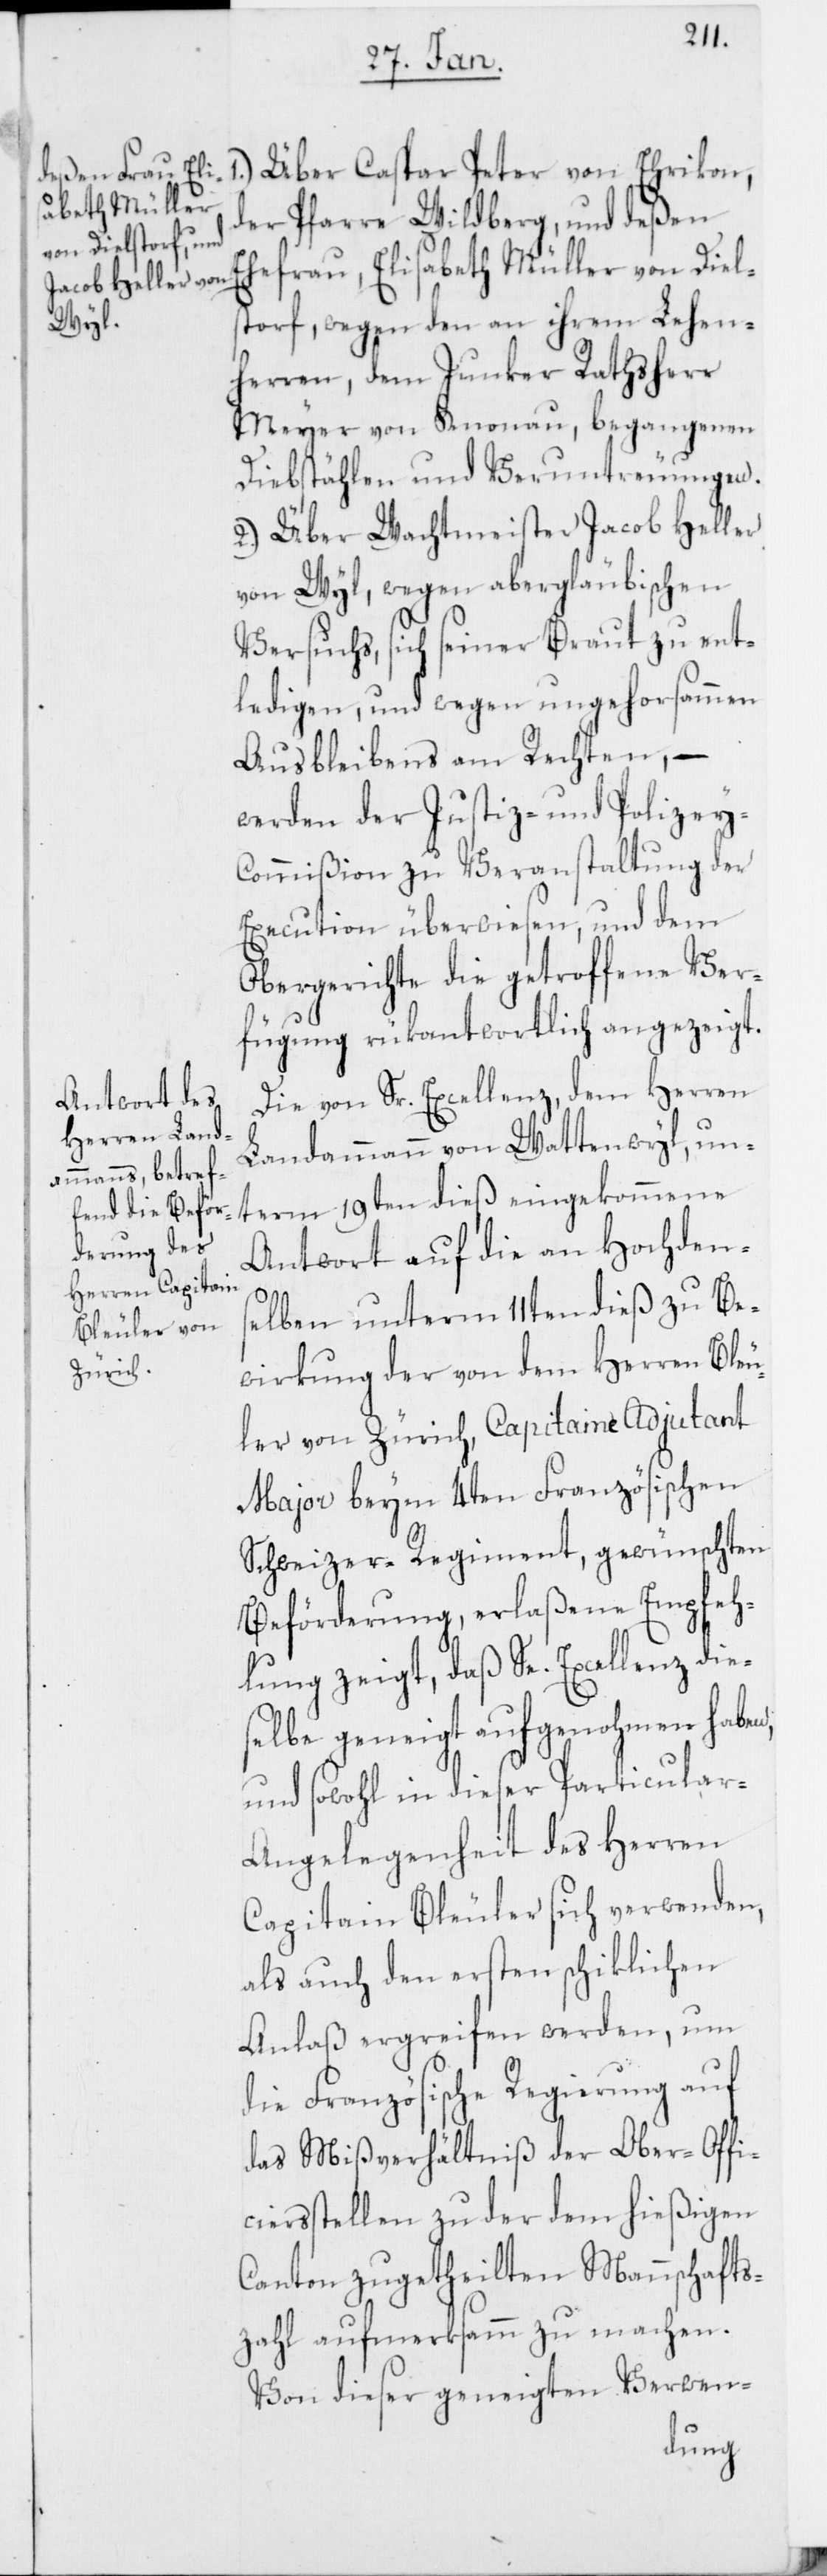
1.) Über Caspar Peter von Ehrikon,
der Pfarre Wildberg, und deßen
Ehefrau, Elisabeth Müller von Diels¬
torf, wegen den an ihrem Lehen¬
herren, dem Junker Ratsherr
Meyer von Knonau, begangenen
Diebstählen und Veruntreuungen.
2.) Über Wachtmeister Jacob Heller
von Wyl, wegen abergläubischen
Versuchs, sich seiner Braut zu ent¬
ledigen, und wegen ungehorsammen
Ausbleibens am Rechten, –
werden der Justiz- und Polizey-C¬
ommißion zu Veranstaltung der
Execution überwiesen, und dem
Obergerichte die getroffene Ver¬
fügung rükantwortlich angezeigt.
Die von Sr. Excellenz, dem Herren
Landammann von Wattenwyl, un¬
term 19ten dieß eingekommene
Antwort auf die an Hochdens¬
elben unterm 11ten dieß zu Be¬
wirkung der von dem Herren Bleu¬
ler von Zürich, Capitaine Adjutant
Major beym 4ten Französischen
Schweizer-Regiment, gewünschten
Beförderung, erlaßene Empfeh¬
lung zeigt, daß Se. Excellenz dies¬
elbe geneigt aufgenohmen haben,
und sowohl in dieser Particular-A¬
ngelegenheit des Herren
Capitaine Bleuler sich verwenden,
als auch den ersten schiklichen
Anlaß ergreifen werden, um
die Französische Regierung auf
das Mißverhältniß der Ober-Offi¬
ciersstellen zu der dem hießigen
Canton zugetheilten Mannschafts¬
zahl aufmerksamm zu machen.
Von dieser geneigten Verwen-